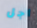
أجل